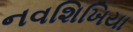
નવશિખિયા